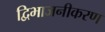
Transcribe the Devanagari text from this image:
द्विभाजनीकरण